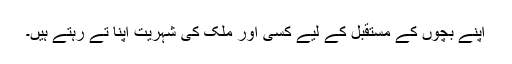
اپنے بچوں کے مستقبل کے لیے کسی اور ملک کی شہریت اپنا تے رہتے ہیں۔